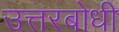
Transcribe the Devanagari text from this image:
उत्तरबोधी